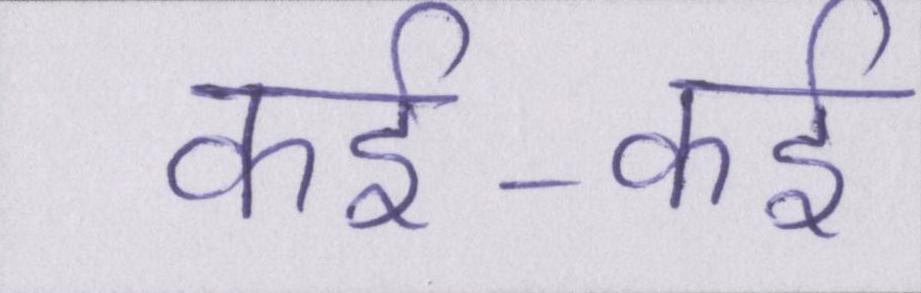
कई-कई